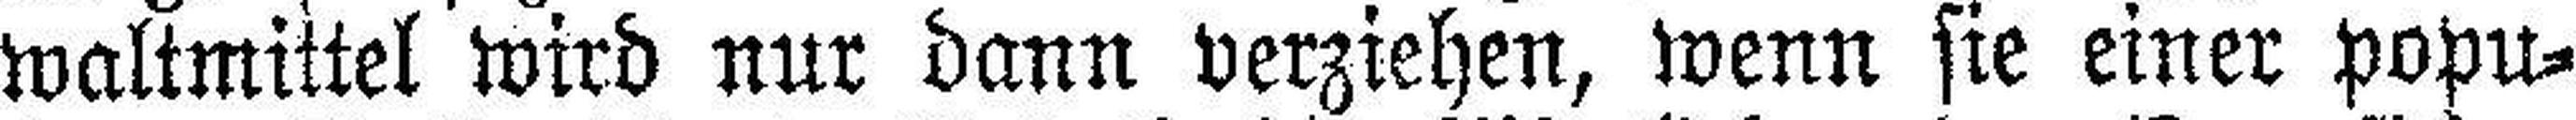
waltmittel wird nur dann verziehen, wenn sie einer popu¬